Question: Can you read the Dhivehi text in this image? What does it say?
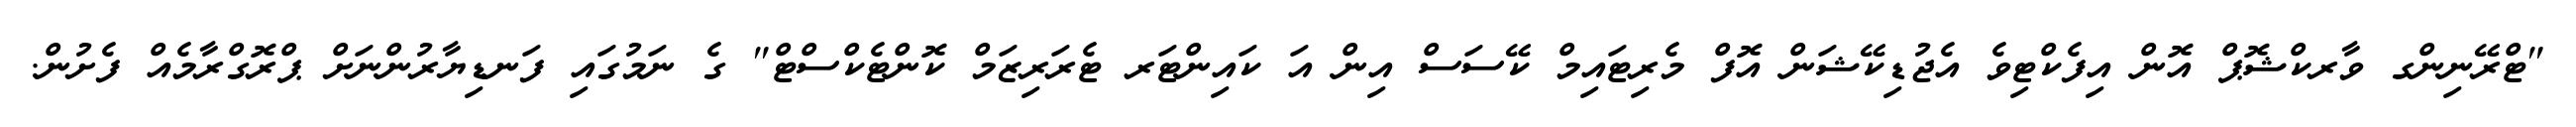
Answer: "ޓްރޭނިންގ ވާރކްޝޮޕް އޮން އިފެކްޓިވެ އެޖުޑިކޭޝަން އޮފް މެރިޓައިމް ކޭސަސް އިން އަ ކައިންޓަރ ޓެރަރިޒަމް ކޮންޓެކްސްޓް" ގެ ނަމުގައި ފަނޑިޔާރުންނަށް ޕްރޮގްރާމެއް ފެށުން.